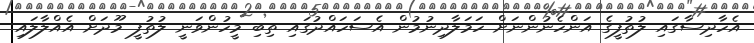
އެހާދިސާގައި ލުތުފީގެ އަންހެނުންނަށް ހަމަލާދިނުމުން އެސަހައްދުގައި ތިބި މީހުންވަނީ ލުތުފީ މޫދަށް އެއްލާލައި